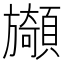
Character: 䫯